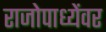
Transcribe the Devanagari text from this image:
राजोपाध्येंवर